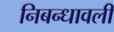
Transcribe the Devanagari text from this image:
निबन्धावली